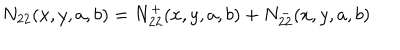
N _ { 2 2 } ( x , y , a , b ) = N _ { 2 2 } ^ { + } ( x , y , a , b ) + N _ { 2 2 } ^ { - } ( x , y , a , b )